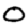
Digit: 0